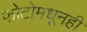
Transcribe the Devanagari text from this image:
फोटोमधूनही